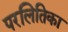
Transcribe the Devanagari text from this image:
परलितिका